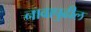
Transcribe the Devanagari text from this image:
नावापुढील